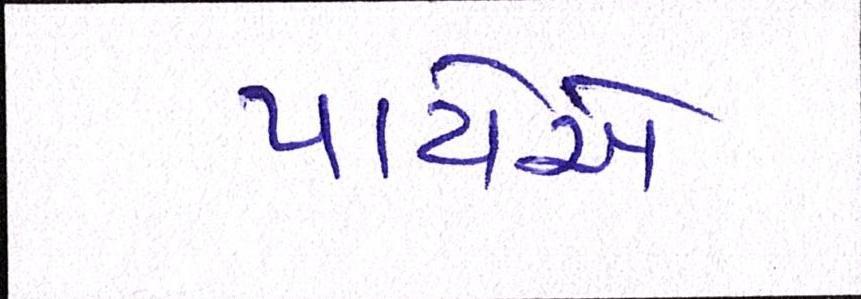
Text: પાયેએ